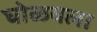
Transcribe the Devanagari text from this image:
घोळवला